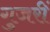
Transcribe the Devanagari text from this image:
गुजरीं